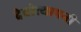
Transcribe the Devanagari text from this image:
देवोत्थापनी